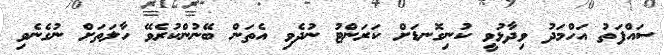
ސައްފަތު އަހްމަދު ވިދާޅުވީ ކުނިގޮނޑަށް ކަރަންޓު ނުދެވި އެތަން ބޭނުންކުރެވޭ ހާލަތަށް ނުގެނެވި